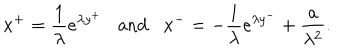
x ^ { + } = { \frac { 1 } { \lambda } } e ^ { \lambda y ^ { + } } \mathrm { a n d } x ^ { - } = - { \frac { 1 } { \lambda } } e ^ { \lambda y ^ { - } } + { \frac { a } { \lambda ^ { 2 } } } .